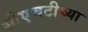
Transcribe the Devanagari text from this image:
सीएचटीच्या